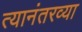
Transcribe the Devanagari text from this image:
त्यानंतरव्या